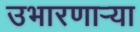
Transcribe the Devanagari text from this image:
उभारणार्‍या